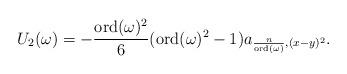
LaTeX: \begin{align*}U_2(\omega) = -\frac{\mathrm{ord}(\omega)^2}{6}(\mathrm{ord}(\omega)^2-1) a_{\frac{n}{\mathrm{ord}(\omega)}, (x-y)^2}.\end{align*}